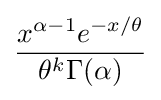
{\frac {x^{\alpha -1}e^{-x/\theta }}{\theta ^{k}\Gamma (\alpha )}}